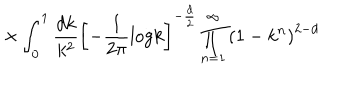
\times \int _ { 0 } ^ { 1 } \frac { d k } { k ^ { 2 } } \left[ - \frac { 1 } { 2 \pi } \mathrm { l o g } k \right] ^ { - \frac { d } { 2 } } \prod _ { n = 1 } ^ { \infty } \left( 1 - k ^ { n } \right) ^ { 2 - d }